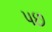
પછ